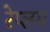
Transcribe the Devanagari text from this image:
रेप्लम